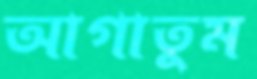
আগাতুম